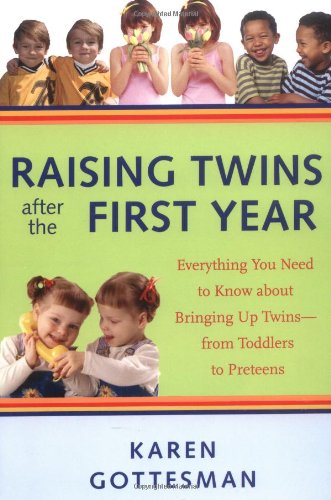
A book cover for Raising Twins After the First Year: Everything You Need to Know About Bringing Up Twins - from Toddlers to Preteens; Karen Gottesman; Parenting & Relationships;